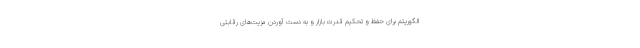
الگوریتم برای حفظ و تحکیم قدرت بازار و به دست آوردن مزیت‌های رقابتی